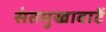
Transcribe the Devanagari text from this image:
संतमुखावाटें